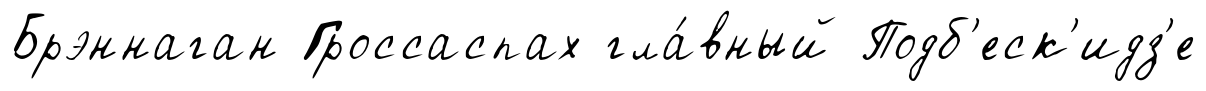
Брэннаган Гроссаспах гла́вный Подб'еск'идз'е